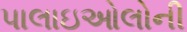
પાલાઇઓલોની